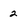
Character: 2